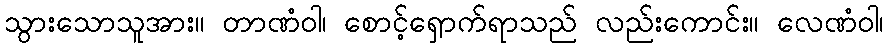
သွားသောသူအား။ တာဏံဝါ၊ စောင့်ရှောက်ရာသည် လည်းကောင်း။ လေဏံဝါ၊